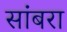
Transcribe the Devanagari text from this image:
सांंबरा